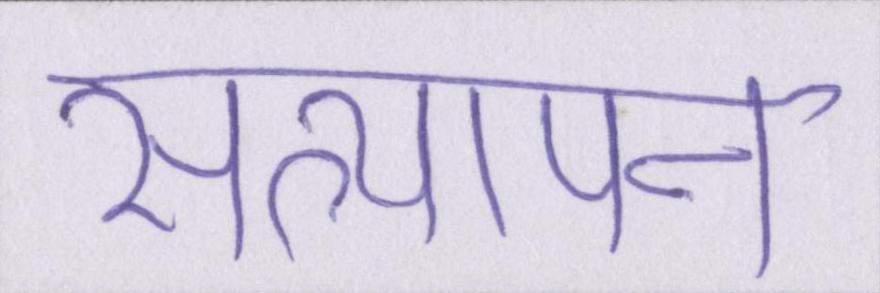
सत्यापन